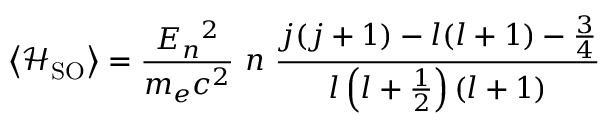
\left\langle { \mathcal { H } } _ { \mathrm { S O } } \right\rangle = { \frac { E _ { n } { } ^ { 2 } } { m _ { e } c ^ { 2 } } } ~ n ~ { \frac { j ( j + 1 ) - l ( l + 1 ) - { \frac { 3 } { 4 } } } { l \left( l + { \frac { 1 } { 2 } } \right) ( l + 1 ) } }